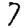
Digit: 7